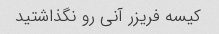
کیسه فریزر آنی رو نگذاشتید